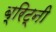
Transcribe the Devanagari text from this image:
ब्रिट्नी